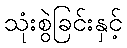
သုံးစွဲခြင်းနှင့်